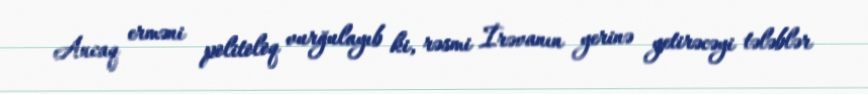
Ancaq erməni politoloq vurğulayıb ki, rəsmi İrəvanın yerinə yetirəcəyi tələblər